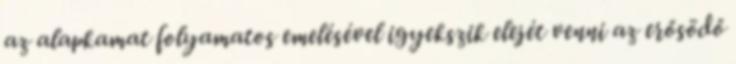
az alapkamat folyamatos emelésével igyekszik elejét venni az erősödő